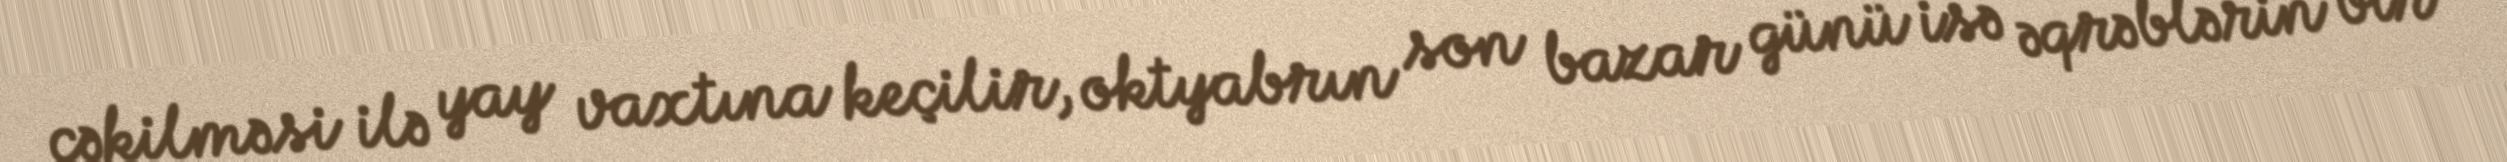
çəkilməsi ilə yay vaxtına keçilir, oktyabrın son bazar günü isə əqrəblərin bir